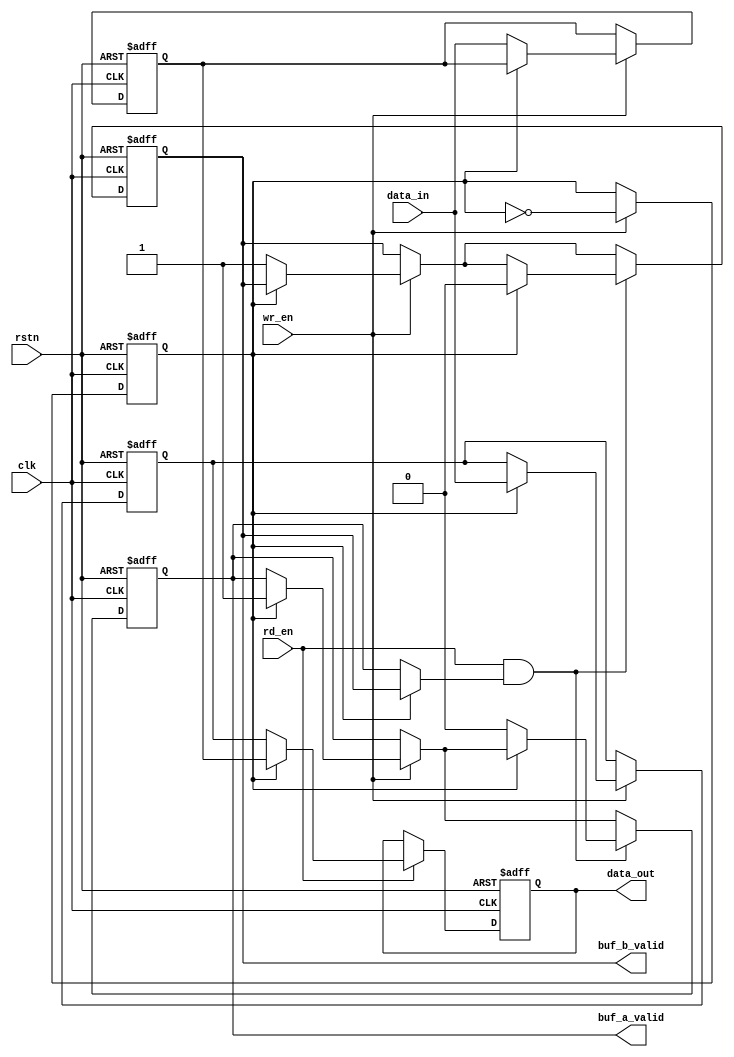
module double_buffer_register #(
    parameter DATA_WIDTH = 32  // Width of the data word
)(
    input wire clk,              // Clock signal
    input wire rstn,            // Active low reset
    input wire wr_en,           // Write enable signal
    input wire rd_en,           // Read enable signal
    input wire [DATA_WIDTH-1:0] data_in,  // Input data
    output reg [DATA_WIDTH-1:0] data_out,  // Output data
    output reg buf_a_valid,     // Buffer A valid signal
    output reg buf_b_valid      // Buffer B valid signal
);

    // Buffer registers
    reg [DATA_WIDTH-1:0] buffer_a;
    reg [DATA_WIDTH-1:0] buffer_b;

    // Control signal to select the active buffer
    reg select;  // 1: Buffer A active, 0: Buffer B active

    always @(posedge clk or negedge rstn) begin
        if (!rstn) begin
            // Reset conditions
            buffer_a <= 0;
            buffer_b <= 0;
            data_out <= 0;
            buf_a_valid <= 0;
            buf_b_valid <= 0;
            select <= 1;  // Start with Buffer A
        end else begin
            // Writing data to the selected buffer
            if (wr_en) begin
                if (select) begin
                    buffer_a <= data_in; // Write to Buffer A
                    buf_a_valid <= 1;     // Set Buffer A valid
                end else begin
                    buffer_b <= data_in; // Write to Buffer B
                    buf_b_valid <= 1;     // Set Buffer B valid
                end
                // Toggle the selected buffer after write
                select <= !select;      
            end

            // Reading data from the non-selected buffer
            if (rd_en) begin
                if (select) begin
                    data_out <= buffer_b; // Read from Buffer B
                end else begin
                    data_out <= buffer_a; // Read from Buffer A
                end
            end

            // Clear valid signals on read
            if (rd_en && (select ? buf_b_valid : buf_a_valid)) begin
                if (select) begin
                    buf_b_valid <= 0; // Clear Buffer B valid after read
                end else begin
                    buf_a_valid <= 0; // Clear Buffer A valid after read
                end
            end
        end
    end
endmodule